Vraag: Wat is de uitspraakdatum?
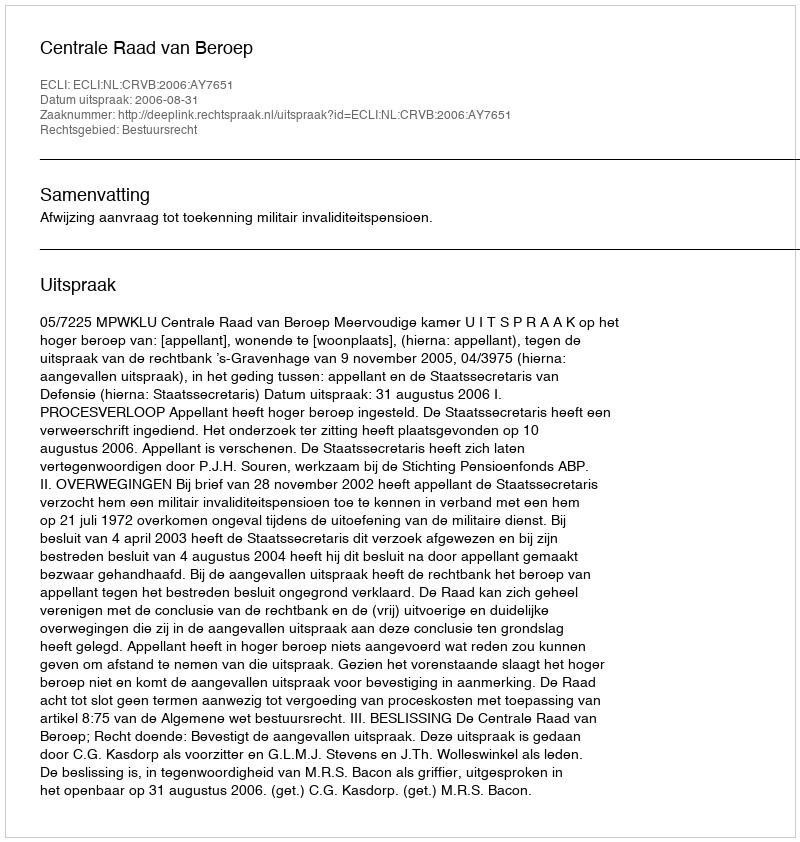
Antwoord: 2006-08-31